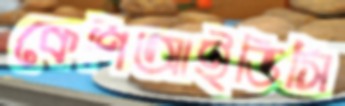
কেপিআইডিসি